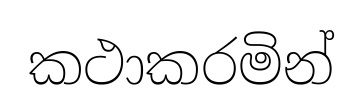
කථාකරමින්